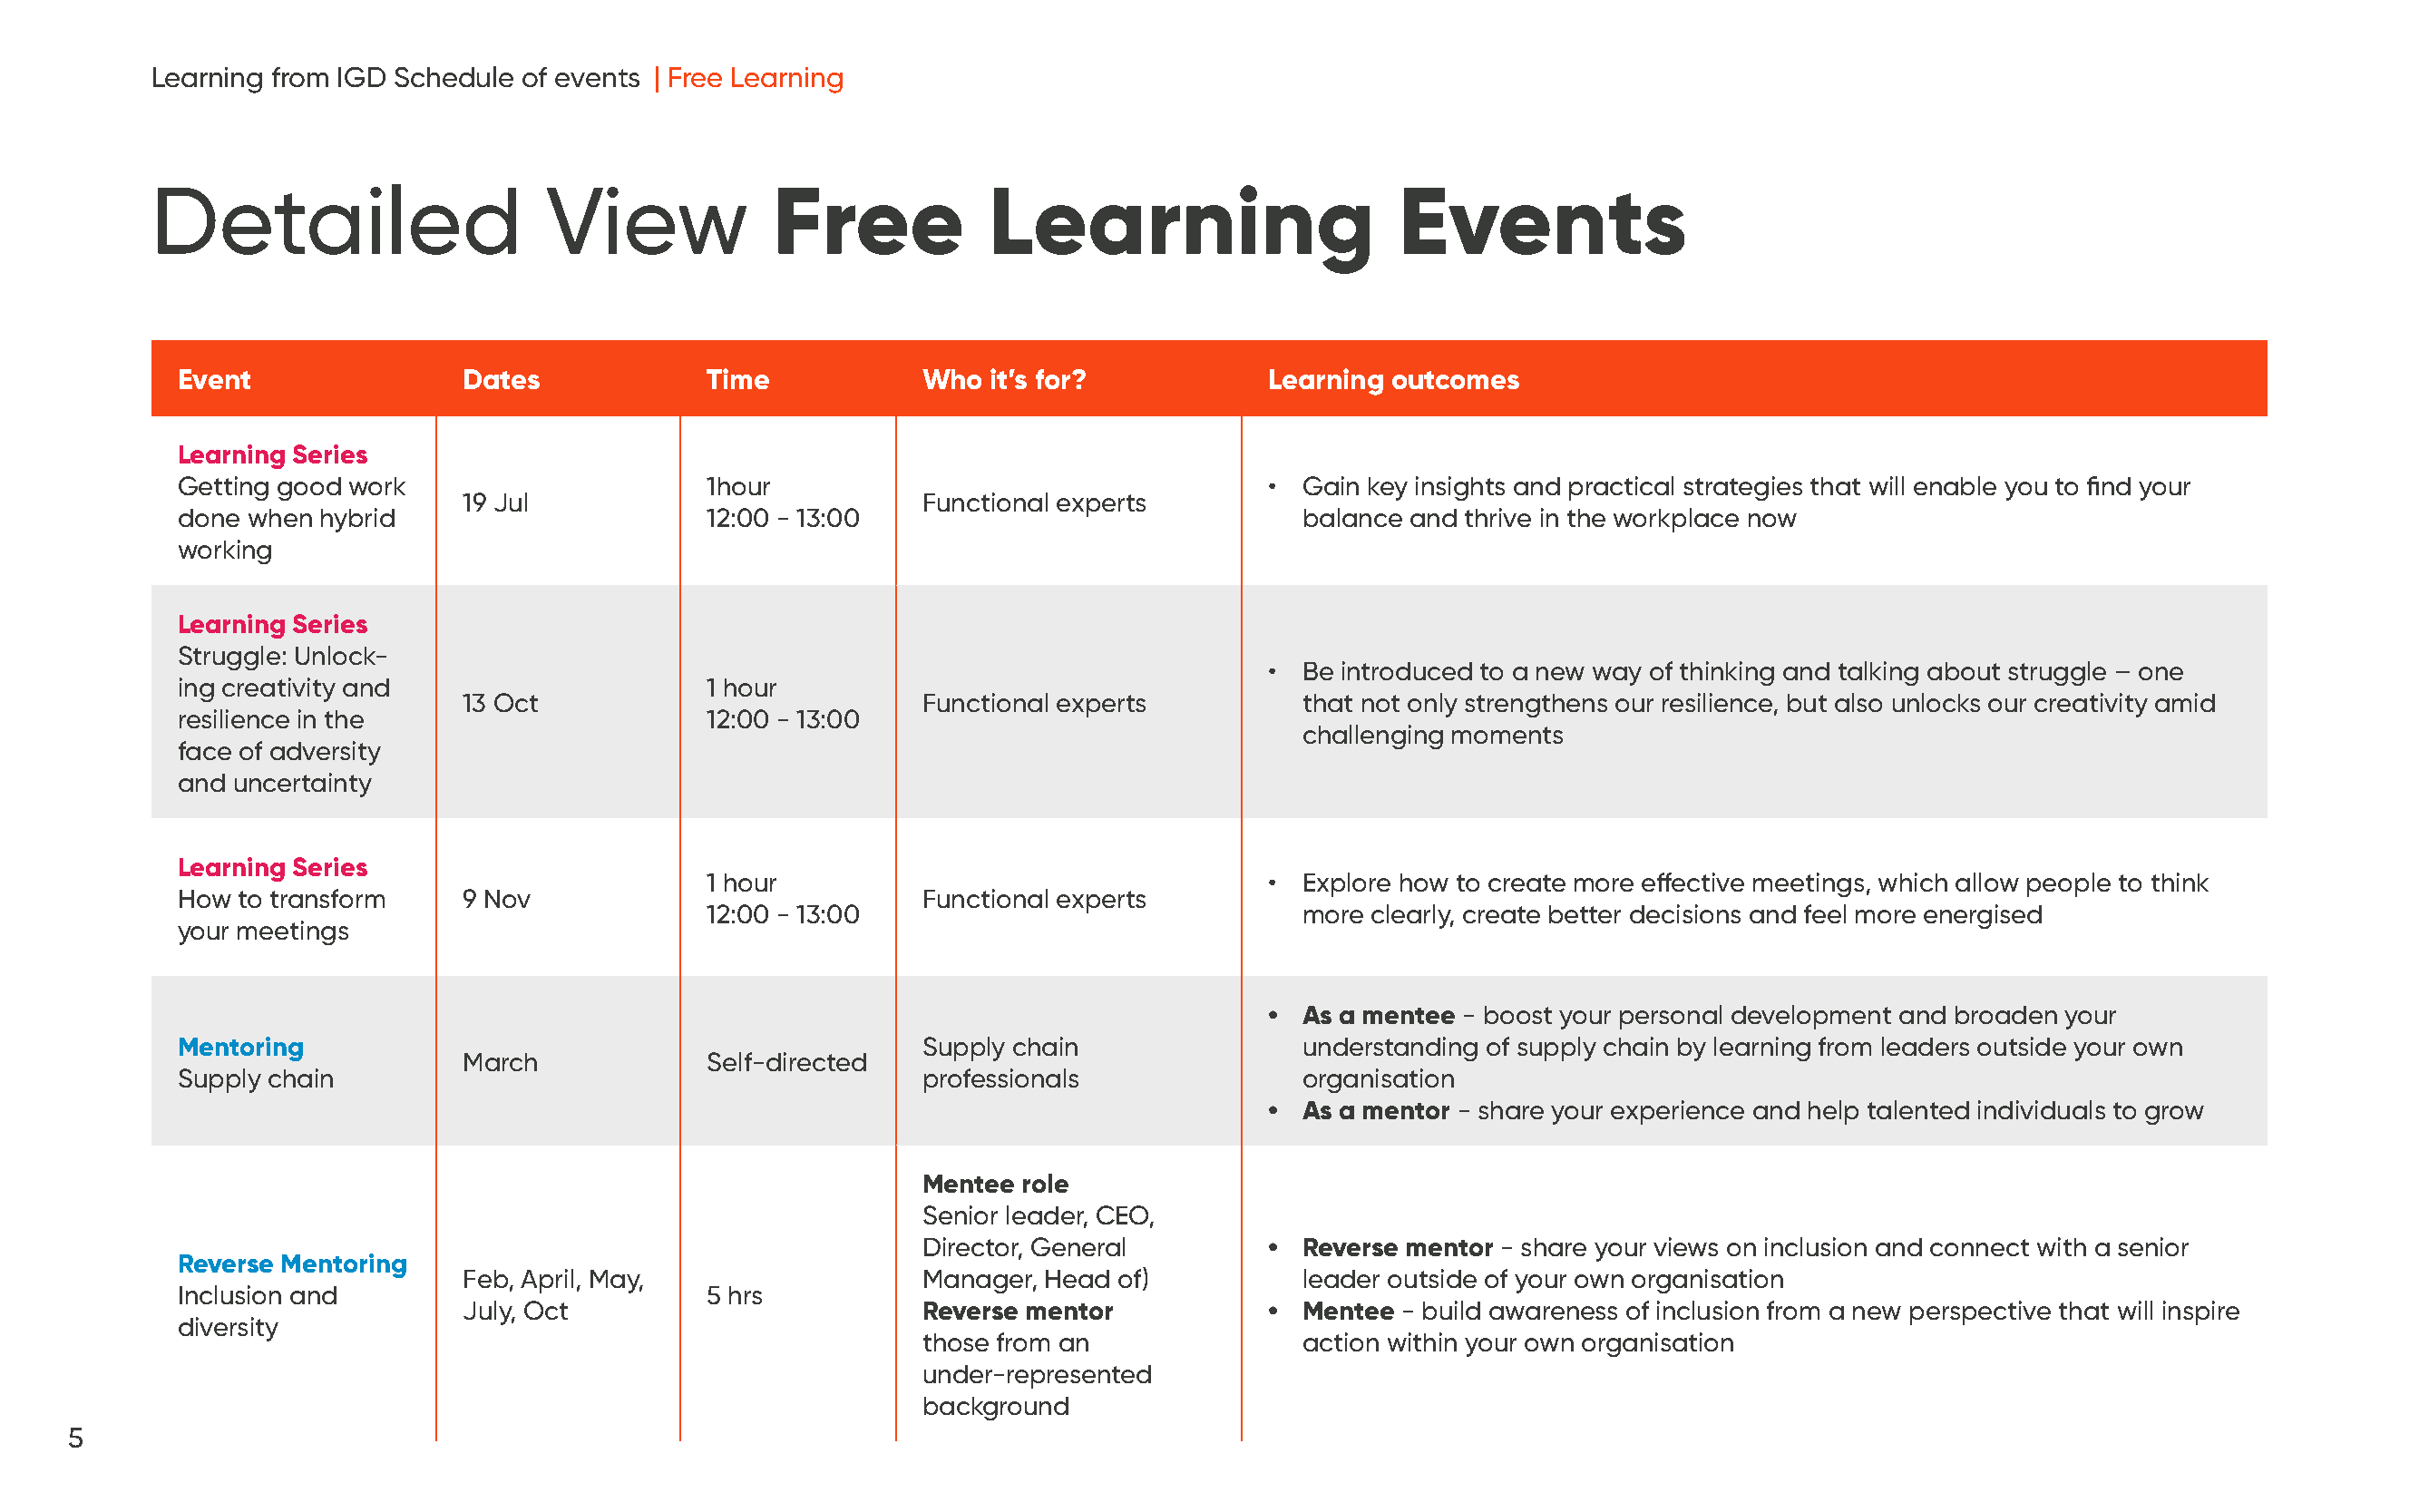
Learning from IGD Schedule of events | Free Learning
 Detailed                     View            Free            Learning                      Events
 Event                Dates             Time           Who  it’s for?            Learning outcomes
 Learning Series
 Getting good work                      1hour                                    • Gain key insights and practical strategies that will enable you to find your
 19 Jul                           Functional experts
 done when hybrid                       12:00 - 13:00                              balance and thrive in the workplace now
 working
 Learning Series
 Struggle: Unlock-
 • Be introduced to a new way of thinking and talking about struggle – one
 ing creativity and                     1 hour
 13 Oct                           Functional experts          that not only strengthens our resilience, but also unlocks our creativity amid
 resilience in the                      12:00 - 13:00
 challenging moments
 face of adversity
 and uncertainty
 Learning Series
 1 hour                                   • Explore how to create more effective meetings, which allow people to think
 How to transform     9 Nov                            Functional experts
 12:00 - 13:00                              more clearly, create better decisions and feel more energised
 your meetings
 • As a mentee - boost your personal development and broaden your
 Mentoring                                             Supply chain                understanding of supply chain by learning from leaders outside your own
 March             Self-directed
 Supply chain                                          professionals               organisation
 • As a mentor - share your experience and help talented individuals to grow
 Mentee  role
 Senior leader, CEO,
 Director, General         • Reverse mentor - share your views on inclusion and connect with a senior
 Reverse Mentoring
 Feb, April, May,                 Manager, Head  of)          leader outside of your own organisation
 Inclusion and                          5 hrs
 July, Oct                        Reverse mentor            • Mentee - build awareness of inclusion from a new perspective that will inspire
 diversity
 those from an               action within your own organisation
 under-represented
 background
 5